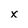
Character: x